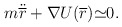
\begin{align*}m{\ddot {\overline r}} + {\nabla U({\overline r}}) {\simeq }0.\end{align*}